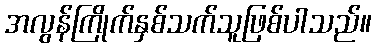
အလွန်ကြိုက်နှစ်သက်သူဖြစ်ပါသည်။